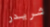
شريدر